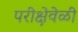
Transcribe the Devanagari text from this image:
परीक्षेवेळी